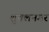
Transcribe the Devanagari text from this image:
शुक्लनगर